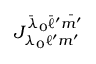
J _ { \lambda _ { 0 } \ell ^ { \prime } m ^ { \prime } } ^ { \bar { \lambda } _ { 0 } \bar { \ell } ^ { \prime } \bar { m ^ { \prime } } }